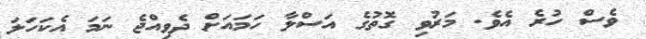
ވެސް ހުރެ އެވެ. މަރުވި ގޮތުގެ އަސްލާ ހަމައަށް ދެވިއްޖެ ނަމަ އެކަހަލަ